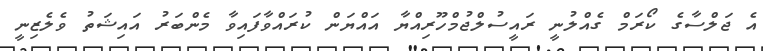
އެ ޖަލްސާގެ ކޯރަމް ގެއްލުނީ ރައީސުލްޖުމްހޫރިއްޔާ އައްޔަން ކުރައްވާފައިވާ މެންބަރު އައިޝަތު ވެލެޒިނީ